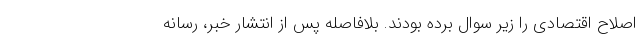
اصلاح اقتصادی را زیر سوال برده بودند. بلافاصله پس از انتشار خبر، رسانه